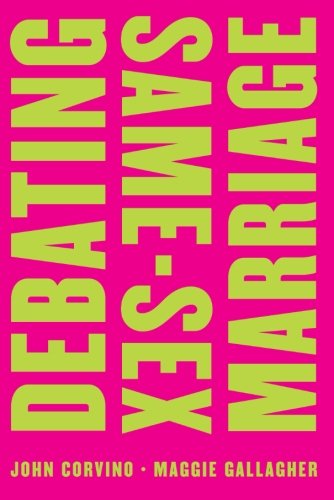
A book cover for Debating Same-Sex Marriage (Point/Counterpoint); John Corvino; Gay & Lesbian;